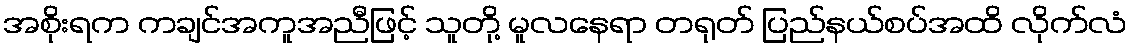
အစိုးရက ကချင်အကူအညီဖြင့် သူတို့ မူလနေရာ တရုတ် ပြည်နယ်စပ်အထိ လိုက်လံ